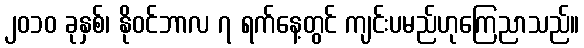
၂၀၁၀ ခုနှစ်၊ နိုဝင်ဘာလ ၇ ရက်နေ့တွင် ကျင်းပမည်ဟုကြေညာသည်။